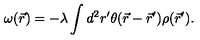
\omega ( \vec { r } ) = - \lambda \int d ^ { 2 } r ^ { \prime } \theta ( \vec { r } - \vec { r } ^ { \prime } ) \rho ( \vec { r } ^ { \prime } ) .